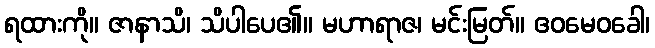
ရထားကို။ ဇာနာသိ၊ သိပါပေ၏။ မဟာရာဇ၊ မင်းမြတ်။ ဧဝမေဝခေါ၊